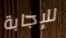
للإجابة